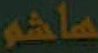
هاشم